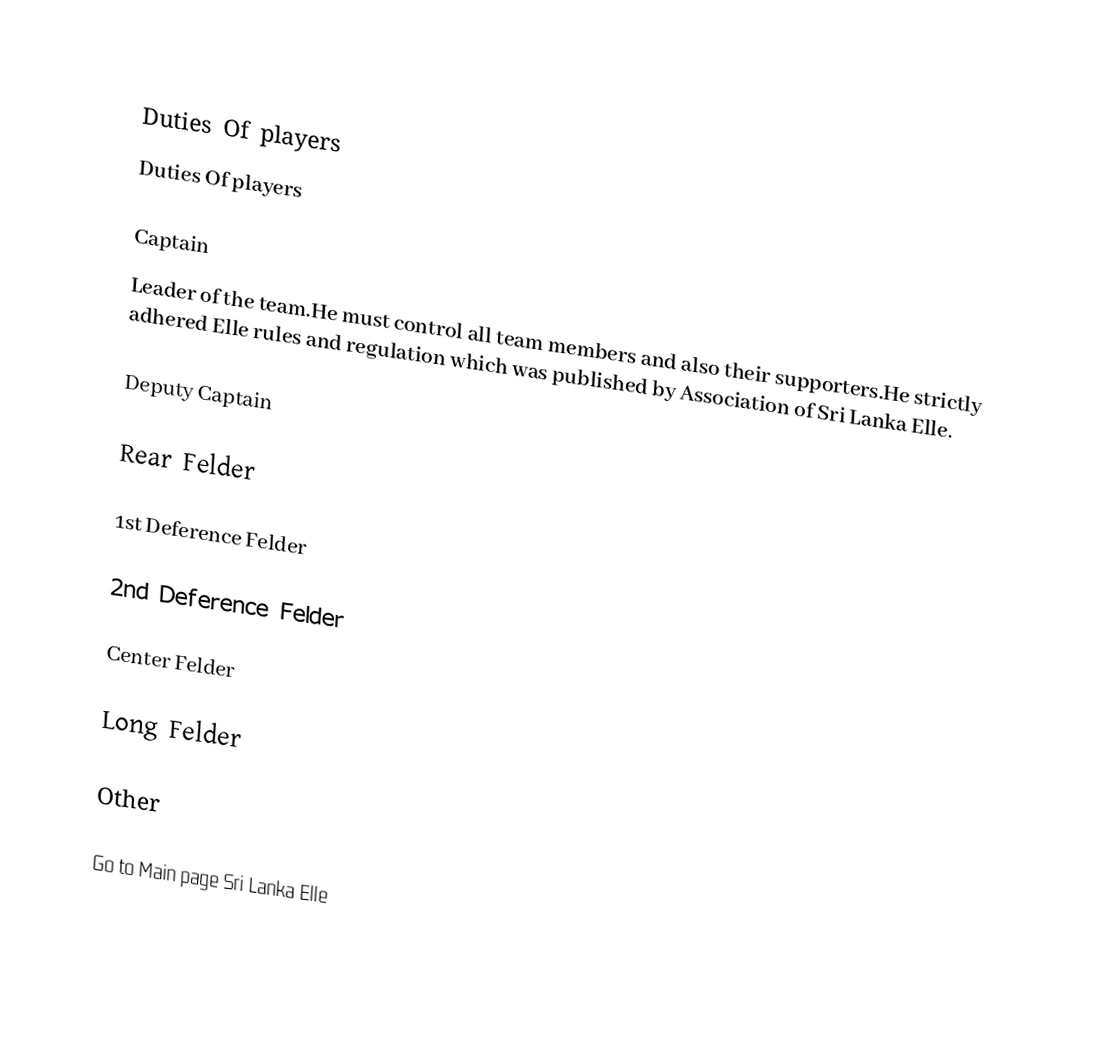

Duties Of players
Duties Of players

Captain
Leader of the team.He must control all team members and also their supporters.He strictly adhered Elle rules and regulation which was published by Association of Sri Lanka Elle.

Deputy Captain

Rear Felder

1st Deference Felder

2nd Deference Felder

Center Felder

Long Felder

Other

Go to Main page Sri Lanka Elle